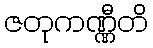
ဇတုကဏ္ဏီတိ